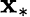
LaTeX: \mathbf{x}_{*}